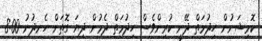
ކޮމިޝަނުން ހިދުމަތް ދޭނީ ކުރިންވެސް ހިދުމަތް ދެމުން ދިޔަ ގޮތަށް ހެނދުނު 8:00